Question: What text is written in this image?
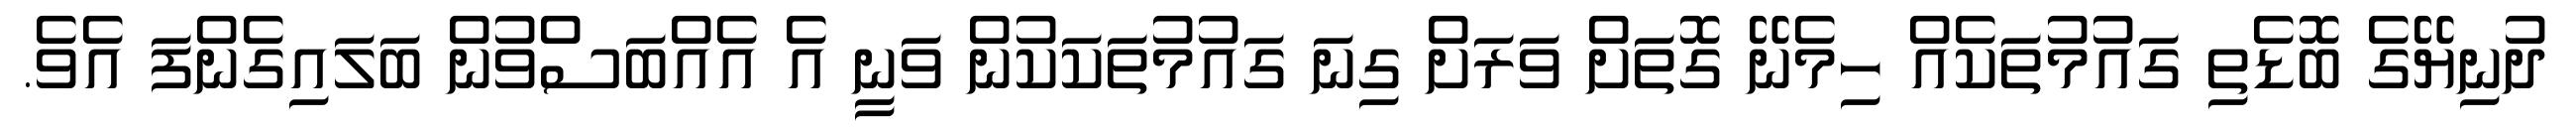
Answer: ދުނިޔޭގެ ބޮޑެތި ގައުމުތަކެއް ހިމެނޭ ގޮތަށް ވަރަށް ގިނަ ގައުމުތަކަކުން ވަނީ އެ އެއްބަސްވުން ބަލައިގެންފަ އެވެ.